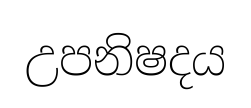
උපනිෂදය